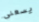
يسعني